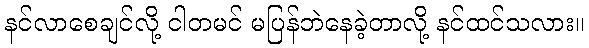
နင်လာစေချင်လို့ ငါတမင် မပြန်ဘဲနေခဲ့တာလို့ နင်ထင်သလား။